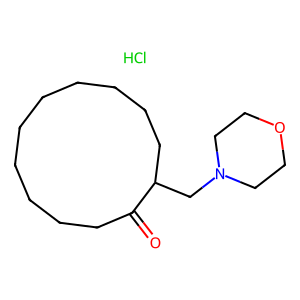
SMILES: Cl.O=C1CCCCCCCCCCC1CN1CCOCC1
Inhibits HIV replication: No